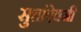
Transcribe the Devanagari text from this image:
सुत्तांऐवजी